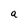
Character: a